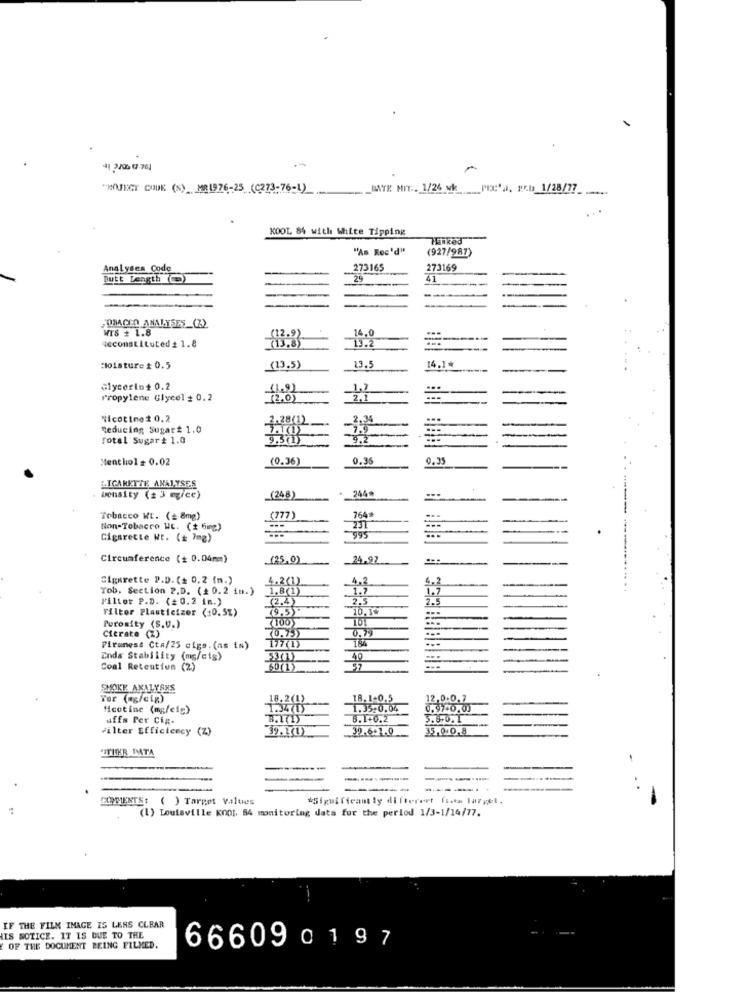
"HOJEGT COUK (S) MEL976-25 (C273-76-1)
MNTE MIT :. 1/26 wk PIX'a. P5b 1/28/77
KOOL 84 with White Tipping
"As Rec'd"
(927/987)
Analyses Code
273165
273169
41
------.
OMAGED ANALYSES_(Z)
WIS # 1.8
leconstituted # 1.8
14.0
13.2
14.1*
Moisture $ 0.5
(13.5)
13.5
Glycerin+ 0.2
(1.9)
1.7
Propylene Glycol = 0.2
(2.0
2.1
Nicotine# 0.2
2.28(1)
...
Reducing Sugar# 1.0
7.9
Total Sugar # 1.0
9.30
4.2
-
Menthol= 0.02
(0.36)
0.36
2.35
CIGARETTE ANALYSES
244*
Density (2 3 mgice)
(248)
764
Tobacco Wt. (# 8mg)
(777)
Non-Tobacco WE. (1 5mg)
231
995
Cigarette Ht. (+ 7mg)
Circumference (+ 0.04mm)
.(25.0)
24.97
Cigarette P.D. (+ 0,2 (m.)
4.2(1)
4.2
Tob. Section P.D. (2 0.2 in.)
1.8(1)
1.7
4.2
1.7
Filter P.D. (2 0.2 im.)
(2,4)
2,5
2.5
Filter Plasticizer (10.5%)
(9.5 "
10.17
(100)
Porosity (S.U.)
(0.75)
0.79
Citrate (Z)
177(1)
..
Firmness Cta/25 cigs.(as in)
Ends Stability (mg/cig)
Coal Retention (2)
60(1)
SHOKE AKALYANS
Tar (ag/cig)
18.2(1)
18. 1-0,5
12.0.0.7
Mcotine (mg/cig)
1.34(1)
1.35:0.04
0.97+0.03
uffs Per Cip.
8.1+0.2
3.8.U.T
Filter Efficiency (Z
39.1(1)
39.6+1.0
35.0.0.8
"ITHER MMTA
-
-
------.
COMMENTS: ( ) Target Values
#Sigui ficant ly di ftereet fsen la7yel.
(1) Louisville KO01. 64 monitoring data for the period 1/3-1/16/77.
IF THE FILM IMAGE IS LERS CLEAR
HIS NOTICE. IT IS DUE TO THE
OF THE DOCUMENT BEING FILMED.
666090197